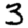
Digit: 3